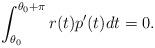
LaTeX: \begin{align*}\int_{\theta_0}^{\theta_0+\pi} r(t)p'(t)dt=0.\end{align*}